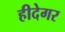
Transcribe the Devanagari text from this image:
हीदेगर